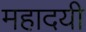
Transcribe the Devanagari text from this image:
महादयी